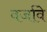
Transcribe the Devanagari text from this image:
वर्जावे